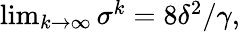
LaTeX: \begin{array}{r}{\operatorname*{lim}_{k\rightarrow\infty}\sigma^{k}=8\delta^{2}/\gamma,}\end{array}